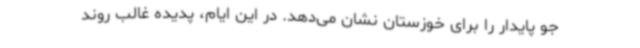
جو پایدار را برای خوزستان نشان می‌دهد. در این ایام، پدیده غالب روند